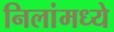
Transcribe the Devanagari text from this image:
निलांमध्ये